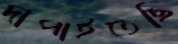
দাপাইতেছি